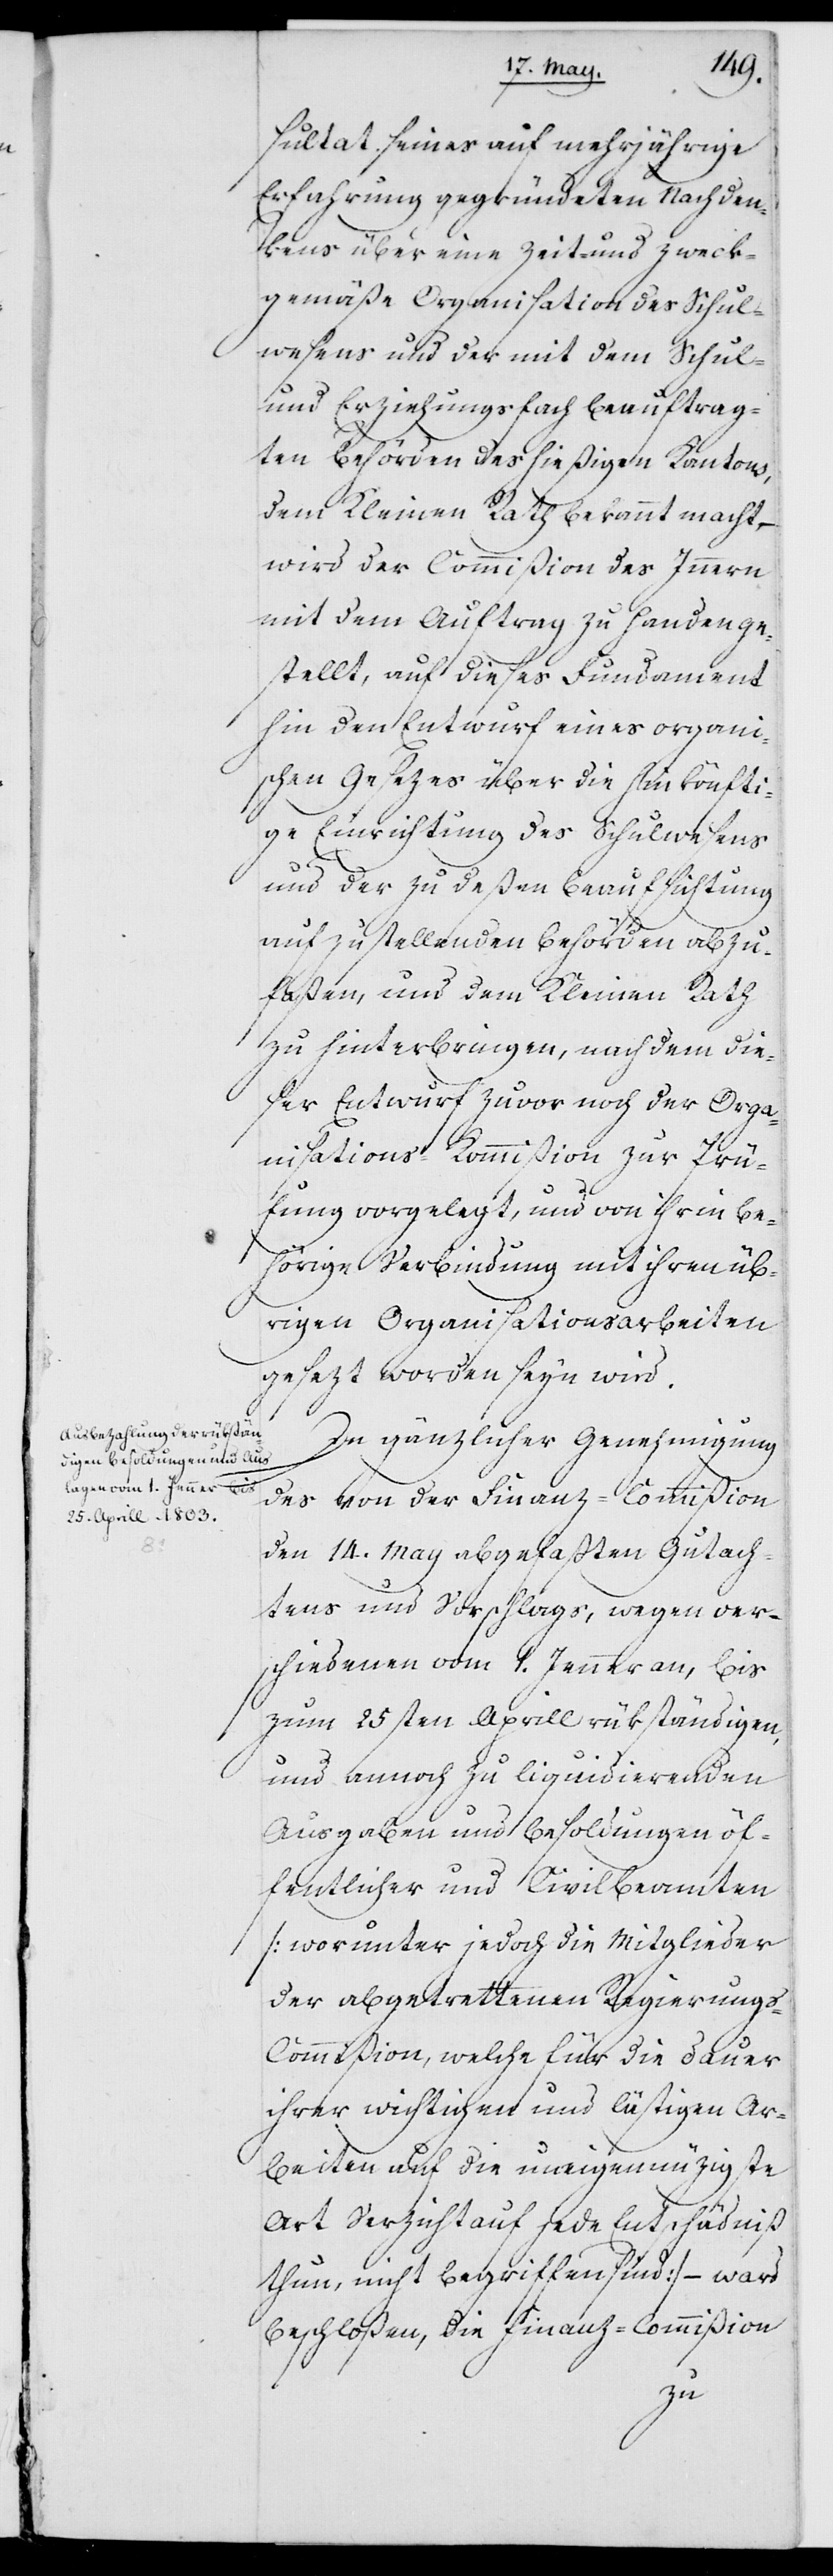
sultat seines auf mehrjährige
Erfahrung gegründeten Nachden¬
kens über eine zeit- und zweck¬
mäßige Organisation des Schul¬
wesens und der mit dem Schul-
und Erziehungsfach beauftrag¬
ten Behörden des hießigen Kantons,
dem Kleinen Rath bekannt macht, –
wird der Commißion des Innern
mit dem Auftrag zu Handen ge¬
stellt, auf dieses Fundament
hin den Entwurf eines organi¬
schen Gesezes über die hinkönfti¬
ge Einrichtung des Schulwesens
und der zu deßen Beaufsichtung
aufzustellenden Behörden abzu¬
faßen, und dem Kleinen Rath
zu hinterbringen, nach dem die¬
ser Entwurf zuvor noch der Orga¬
nisations-Kommißion zur Prü¬
fung vorgelegt, und von ihr in be¬
hörige Verbindung mit ihren üb¬
rigen Organisationsarbeiten
gesezt worden seyn wird.
In gänzlicher Genehmigung
des von der Finanz-Commißion
den 14. May abgefaßten Gutach¬
tens und Vorschlags, wegen ver¬
schiedenen vom 1. Jenner an, bis
zum 25sten Aprill rükständigen,
und annoch zu liquidierenden
Ausgaben und Besoldungen öf¬
fentlicher und Civilbeamten
(worunter jedoch die Mitglieder
der abgetrettenen Regierung¬
s-Commißion, welche für die Dauer
ihrer wichtigen und lästigen Ar¬
beiten auf die uneigennüzigste
Art Verzicht auf jede Entschädniß
thun, nicht begriffen sind) – ward
beschloßen, die Finanz-Commißion